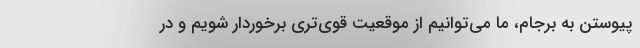
پیوستن به برجام، ما می‌توانیم از موقعیت قوی‌تری برخوردار شویم و در